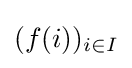
(f(i))_{i\in I}